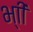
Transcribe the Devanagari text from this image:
भ्‍ाी